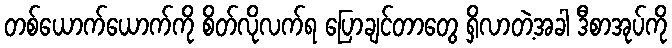
တစ်ယောက်ယောက်ကို စိတ်လိုလက်ရ ပြောချင်တာတွေ ရှိလာတဲ့အခါ ဒီစာအုပ်ကို